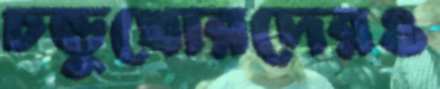
চন্ডুখোরদেরও